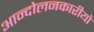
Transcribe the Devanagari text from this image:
आन्दोलनकारीयो